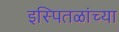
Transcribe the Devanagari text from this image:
इस्पितळांच्या